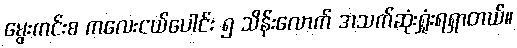
မွေးကင်းစ ကလေးငယ်ပေါင်း ၅ သိန်းလောက် အသက်ဆုံးရှုံးရရှာတယ်။